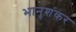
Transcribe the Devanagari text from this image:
भानुशंकर